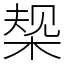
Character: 椝